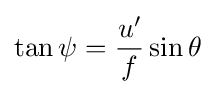
\tan \psi ={\frac {u'}{f}}\sin \theta